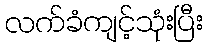
လက်ခံကျင့်သုံးပြီး